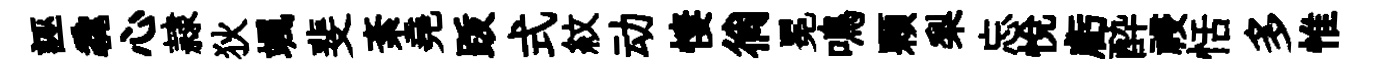
誣毳心隷狄颯斐紊堯䟦式紋动悽徜冕鳴顆梨忘悦虧酔祲恬多惟